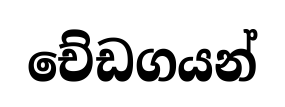
චේඩගයන්